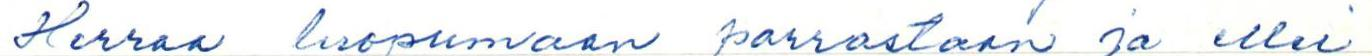
Herraa luopumaan parrastaan ja ellei